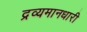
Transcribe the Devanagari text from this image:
द्रव्यमानधारी